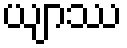
ယျာဿ